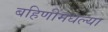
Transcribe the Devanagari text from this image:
बहिणींमधल्या